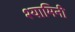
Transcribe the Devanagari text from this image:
श्यामिनी